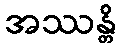
အဿန္တိ